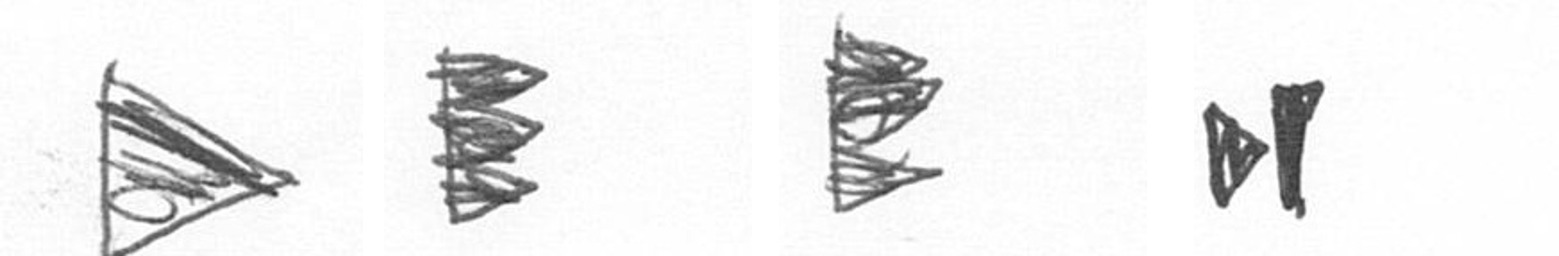
T H H M